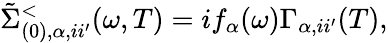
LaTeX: \tilde{\Sigma}_{(0),\alpha,ii^{\prime}}^{<}(\omega,T)=if_{\alpha}(\omega)\Gamma_{\alpha,ii^{\prime}}(T),